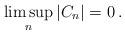
LaTeX: \begin{align*}\limsup_n |C_n|=0\,.\end{align*}